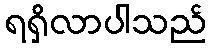
ရရှိလာပါသည်